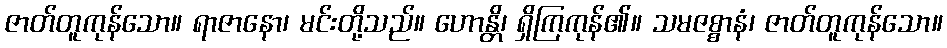
ဇာတ်တူကုန်သော။ ရာဇာနော၊ မင်းတို့သည်။ ဟောန္တိ၊ ရှိကြကုန်၏။ သမဇစ္စာနံ၊ ဇာတ်တူကုန်သော။